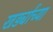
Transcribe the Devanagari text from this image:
खर्ड्यांच्या